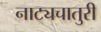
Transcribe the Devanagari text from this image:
नाट्यचातुरी